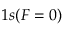
1 s ( F = 0 )